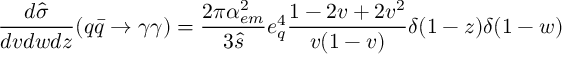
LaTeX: \frac { d \hat { \sigma } } { d v d w d z } ( q \bar { q } \rightarrow \gamma \gamma ) = \frac { 2 \pi \alpha _ { e m } ^ { 2 } } { 3 \hat { s } } e _ { q } ^ { 4 } \frac { 1 - 2 v + 2 v ^ { 2 } } { v ( 1 - v ) } \delta ( 1 - z ) \delta ( 1 - w )